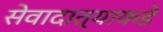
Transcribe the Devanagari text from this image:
सेवादात्याकडे